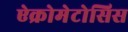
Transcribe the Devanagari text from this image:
ऐक्रोमेटोसिस